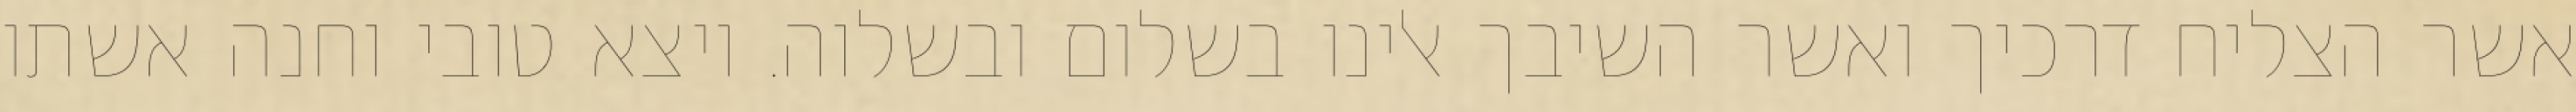
אשר הצליח דרכיך ואשר השיבך אלינו בשלום ובשלוה. ויצא טובי וחנה אשתו